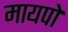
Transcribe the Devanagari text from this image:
मायपो